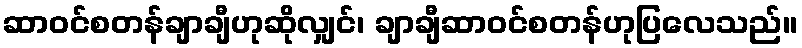
ဆာဝင်စတန်ချာချီဟုဆိုလျှင်၊ ချာချီဆာဝင်စတန်ဟုပြလေသည်။